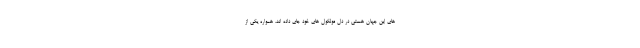
های این جهان هستی در دل مولکول های خود جای داده اند، همواره یکی از